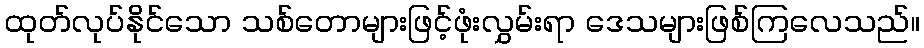
ထုတ်လုပ်နိုင်သော သစ်တောများဖြင့်ဖုံးလွှမ်းရာ ဒေသများဖြစ်ကြလေသည်။